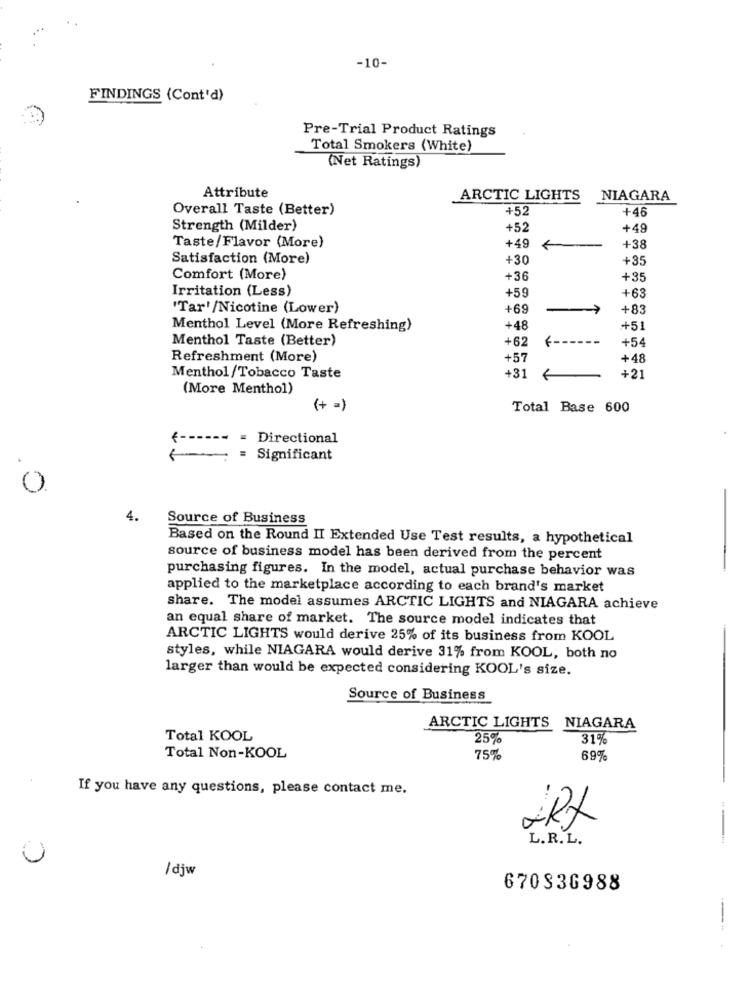
-10-
FINDINGS (Cont'd)
Pre-Trial Product Ratings
Total Smokers (White)
(Net Ratings)
Attribute
ARCTIC LIGHTS
NIAGARA
Overall Taste (Better)
+52
+46
Strength (Milder)
+52
+49
+49
Taste/Flavor (More)
+38
Satisfaction (More)
+30
+35
Comfort (More)
+36
+35
Irritation (Less)
+63
+59
'Tar'/Nicotine (Lower)
+69
+83
Menthol Level (More Refreshing)
+48
+51
Menthol Taste (Better)
+62
7 --
+54
Refreshment (More)
+57
+48
+2:
Menthol/Tobacco Taste
+31
(More Menthol)
(+ =)
Total Base 600
<------ -
Directional
= Significant
0
4.
Source of Business
Based on the Round II Extended Use Test results, a hypothetical
source of business model has been derived from the percent
purchasing figures. In the model, actual purchase behavior was
applied to the marketplace according to each brand's market
share. The model assumes ARCTIC LIGHTS and NIAGARA achieve
an equal share of market. The source model indicates that
ARCTIC LIGHTS would derive 25% of its business from KOOL
styles, while NIAGARA would derive 31% from KOOL, both no
larger than would be expected considering KOOL's size.
Source of Business
ARCTIC LIGHTS NIAGARA
Total KOOL
25%
31%
Total Non-KOOL
75%
69%
If you have any questions, please contact me.
...
L.R. L.
/djw
670336988